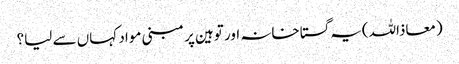
(معاذاللہ)یہ گستاخانہ اور توہین پر مبنی مواد کہاں سے لیا؟